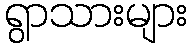
ရွာသားများ